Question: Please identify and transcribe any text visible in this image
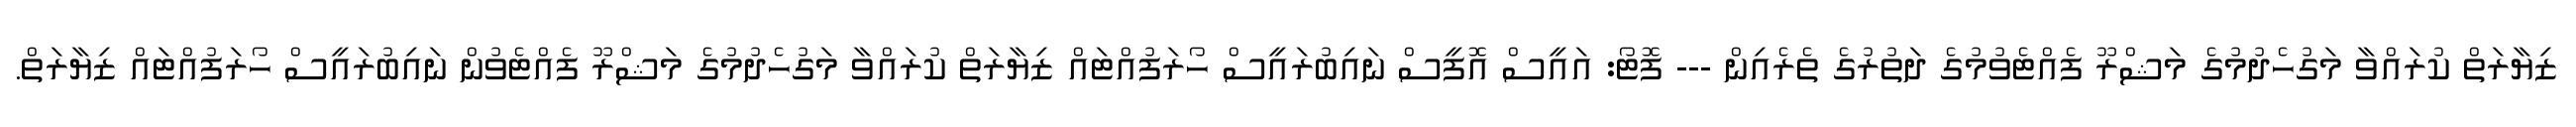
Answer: ޒިޔާރަތް ކުރައްވާ މަގުހެދުމުގެ މަޝްރޫ ފެއްޓެވުމުގެ ދަތުރުގެ ތެރެއިން --- ފޮޓޯ: އައީސް އޮފީސް ނައިބުރައީސް ހޯރަފުއްޓައް ޒިޔާރަތް ކުރައްވާ މަގުހެދުމުގެ މަޝްރޫ ފެއްޓެވުން ނައިބުރައީސް ހޯރަފުއްޓައް ޒިޔާރަތް.